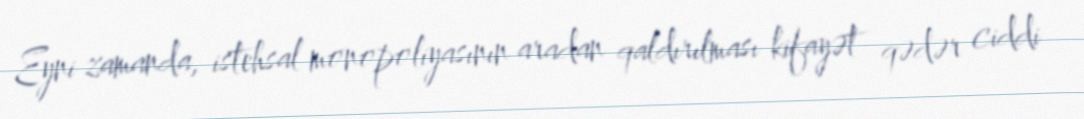
Eyni zamanda, istehsal monopoliyasının aradan qaldırılması kifayət qədər ciddi